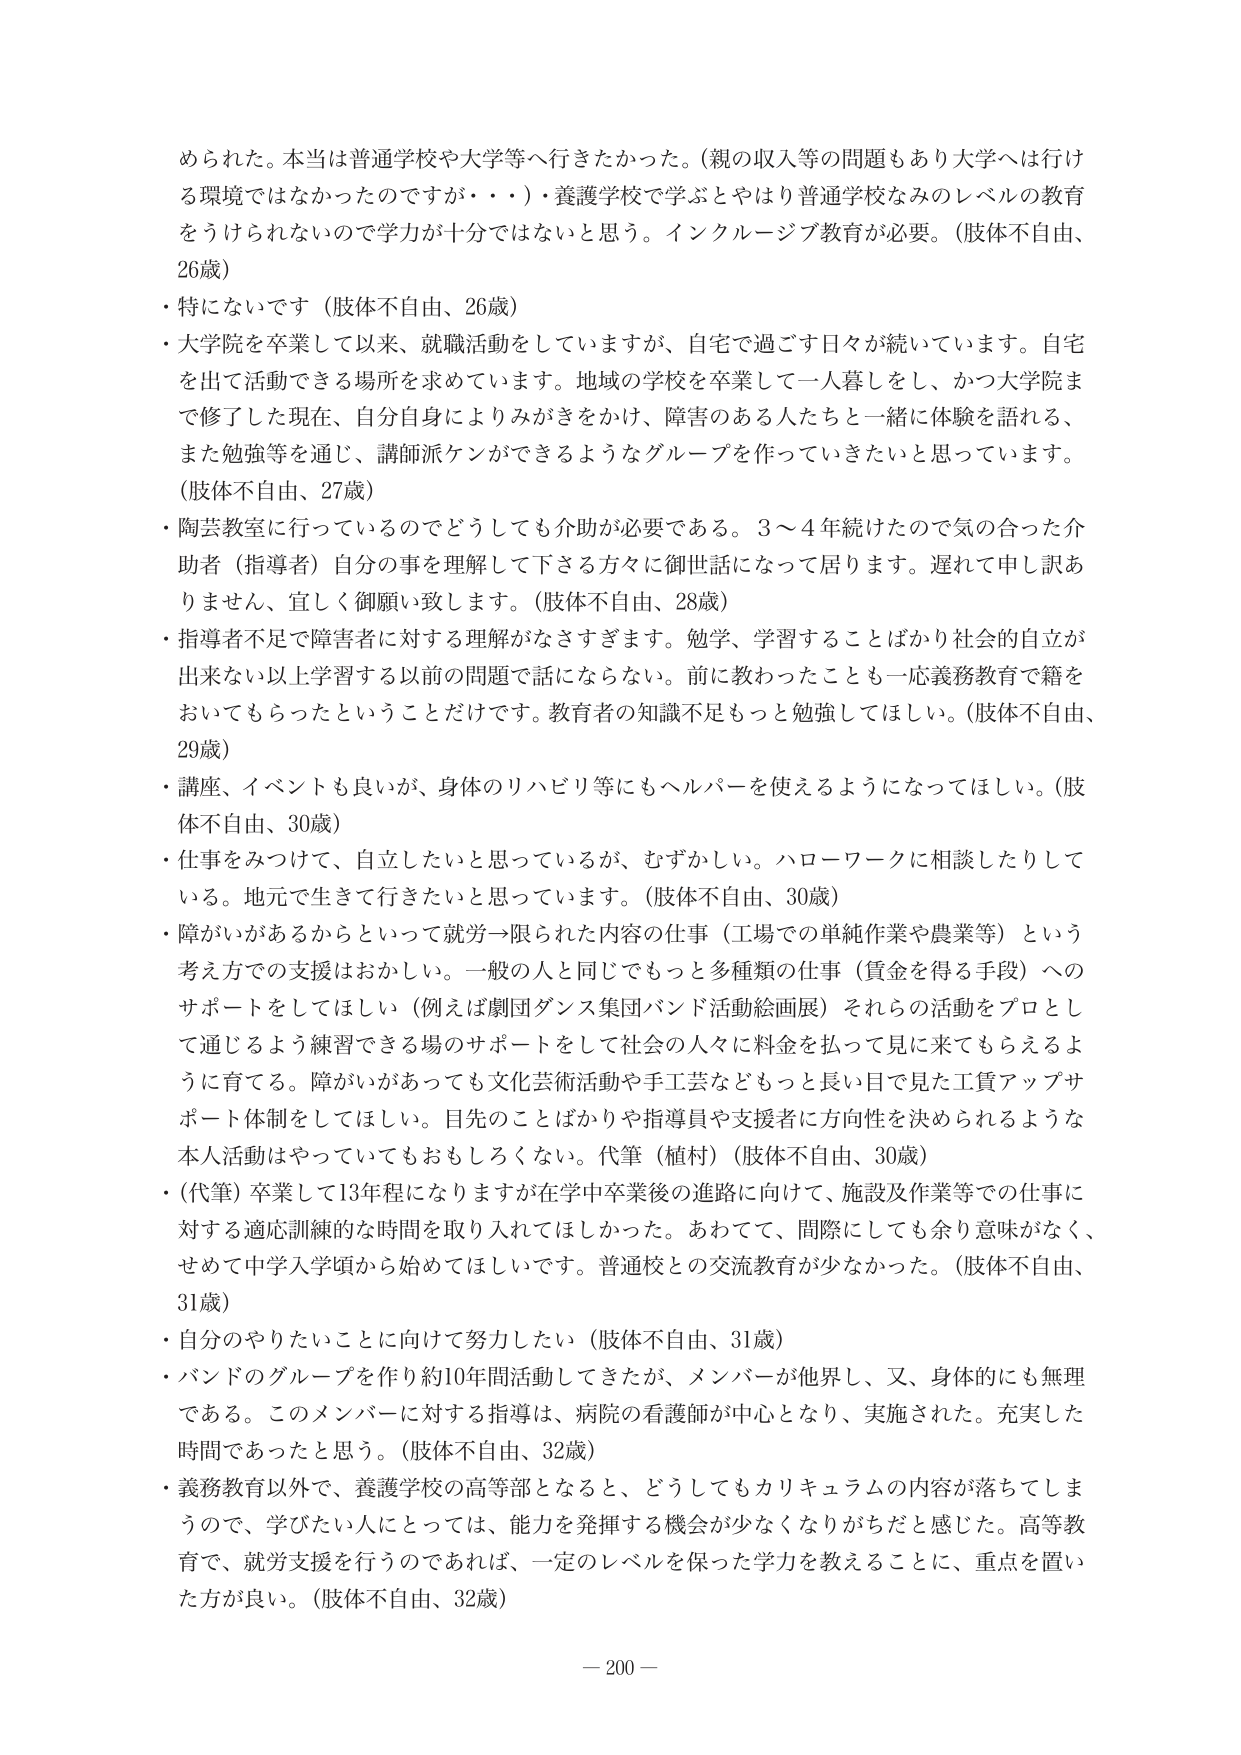
められた。本当は普通学校や大学等へ行きたかった。（親の収入等の問題もあり大学へは行ける環境ではなかったのですが・・・）・養護学校で学ぶとやはり普通学校なみのレベルの教育をうけられないので学力が十分ではないと思う。インクルージブ教育が必要。（肢体不自由、26歳）
・特にないです（肢体不自由、26歳）
・大学院を卒業して以来、就職活動をしていますが、自宅で過ごす日々が続いています。自宅を出て活動できる場所を求めています。地域の学校を卒業して一人暮らしをし、かつ大学院まで修了した現在、自分自身によりみがきをかけ、障害のある人たちと一緒に体験を語れる、また勉強等を通じ、講師派ケンができるようなグループを作っていきたいと思っています。（肢体不自由、27歳）
・陶芸教室に行っているのでどうしても介助が必要である。3～4年続けたので気の合った介助者（指導者）自分の事を理解して下さる方々に御世話になって居ります。遅れて申し訳ありません、宜しく御願い致します。（肢体不自由、28歳）
・指導者不足で障害者に対する理解がなさすぎます。勉学、学習することばかり社会的自立が出来ない以上学習する以前の問題で話にならない。前に教わったことも一応義務教育で籍をおいてもらったということだけです。教育者の知識不足もっと勉強してほしい。（肢体不自由、29歳）
・講座、イベントも良いが、身体のリハビリ等にもヘルパーを使えるようになってほしい。（肢体不自由、30歳）
・仕事をみつけて、自立したいと思っているが、むずかしい。ハローワークに相談したりしている。地元で生きて行きたいと思っています。（肢体不自由、30歳）
・障がいがあるからといって就労→限られた内容の仕事（工場での単純作業や農業等）という考え方での支援はおかしい。一般の人と同じでもっと多種類の仕事（賃金を得る手段）へのサポートをしてほしい（例えば劇団ダンス集団バンド活動絵画展）それらの活動をプロとして通じるよう練習できる場のサポートをして社会の人々に料金を払って見て来てもらえるように育てる。障がいがあっても文化芸術活動や手工芸などもっと長い目で見た工賃アップサポート体制をしてほしい。目先のことばかりや指導員や支援者に方向性を決められるような本人活動はやっていてもおもしろくない。代筆（植村）（肢体不自由、30歳）
・（代筆）卒業して13年程になりますが在学中卒業後の進路に向けて、施設及作業等での仕事に対する適応訓練的な時間を取り入れてほしかった。あわてて、間際にしてでも余り意味がなく、せめて中学入学頃から始めてほしいです。普通校との交流教育が少なかった。（肢体不自由、31歳）
・自分のやりたいことに向けて努力したい（肢体不自由、31歳）
・バンドのグループを作り約10年間活動してきたが、メンバーが他界し、又、身体的にも無理である。このメンバーに対する指導は、病院の看護師が中心となり、実施された。充実した時間であったと思う。（肢体不自由、32歳）
・義務教育以外で、養護学校の高等部となると、どうしてもカリキュラムの内容が落ちてしまうので、学びたい人にとっては、能力を発揮する機会が少なくなりがちだと感じた。高等教育で、就労支援を行うのであれば、一定のレベルを保った学力を教えることに、重点を置いた方が良い。（肢体不自由、32歳）
－200－